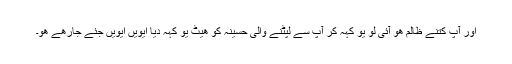
اور آپ کتنے ظالم ھو آئی لو یو کہہ کر آپ سے لپٹنے والی حسینہ کو ھیٹ یو کہہ دیا ایویں ایویں جئے جارھے ھو۔